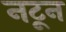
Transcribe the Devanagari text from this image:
नटून